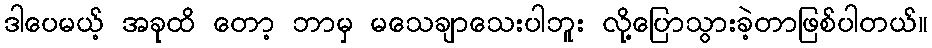
ဒါပေမယ့် အခုထိ တော့ ဘာမှ မသေချာသေးပါဘူး လို့ပြောသွားခဲ့တာဖြစ်ပါတယ်။